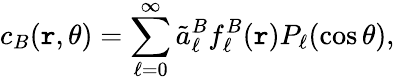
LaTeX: c_{B}(\mathtt{r},\theta)=\sum_{\ell=0}^{\infty}\tilde{{a}}_{\ell}^{B}f_{\ell}^{B}(\mathtt{r})P_{\ell}(\cos\theta),